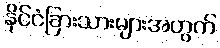
နိုင်ငံခြားသားများအတွက်